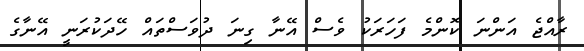
ރާއްޖެ އަންނަ ކޮންމެ ފަހަރަކު ވެސް އޭނާ ގިނަ ދުވަސްތައް ހޭދަކުރަނީ އޭނާގެ